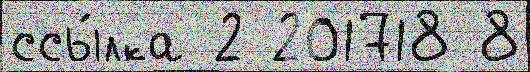
ссы́лка 2 201718 8